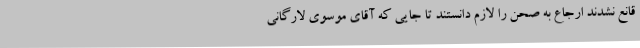
قانع نشدند ارجاع به صحن را لازم دانستند تا جایی که آقای موسوی لارگانی